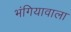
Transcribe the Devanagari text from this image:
भंगियावाला